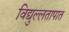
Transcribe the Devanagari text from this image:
विद्युल्लतापात